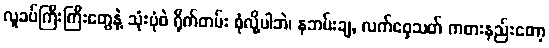
လူခပ်ကြီးကြီးတွေနဲ့ သုံးပုံဖဲ ရိုက်တမ်း စုံလို့ပါဘဲ၊ နဘမ်းချ, လက်ဝှေ့သတ် ကစားနည်းတော့